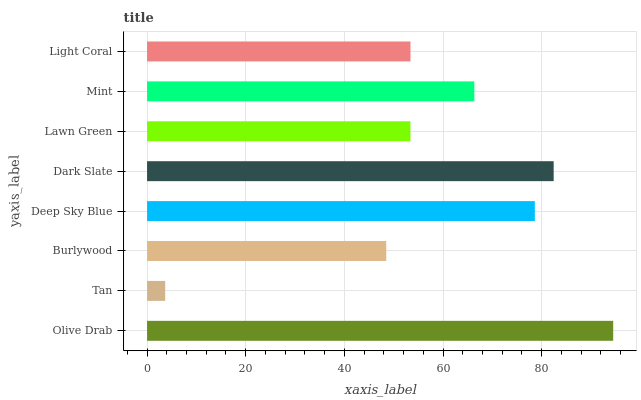
| yaxis_label | bars |
 | --- | --- |
 | Olive Drab | 94.5 |
 | Tan | 3.68 |
 | Burlywood | 48.5 |
 | Deep Sky Blue | 78.6 |
 | Dark Slate | 82.4 |
 | Lawn Green | 53.4 |
 | Mint | 66.3 |
 | Light Coral | 53.4 |